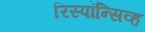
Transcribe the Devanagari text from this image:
रिस्पॉन्सिव्ह